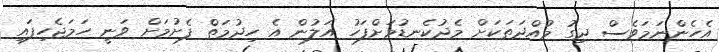
އެހެންނަމަވެސް ދިގު މުއްދަތަކަށް މެދުކެނޑުމަށްފަހު އަލުން އެ ހިދުމަތް ފެށުމަށް ވަނީ ހަމަޖެހިފައި